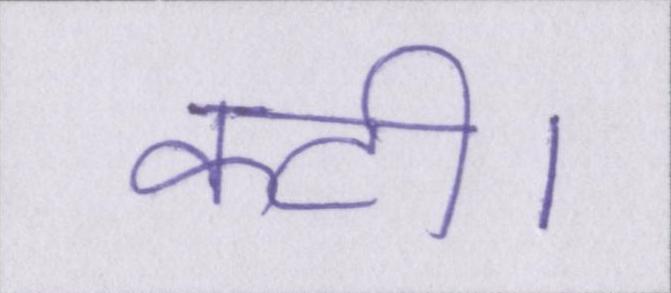
कटी।